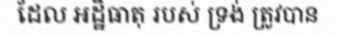
ដែល អដ្ឋិធាតុ របស់ ទ្រង់ ត្រូវបាន